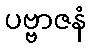
ပဗ္ဗာဇနံ